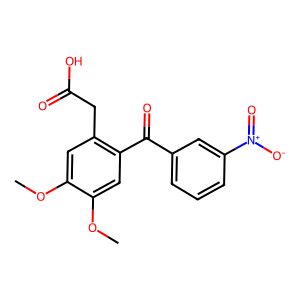
SMILES: COc1cc(CC(=O)O)c(C(=O)c2cccc([N+](=O)[O-])c2)cc1OC
Inhibits HIV replication: No